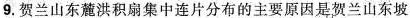
9.贺兰山东麓洪积扇连片分布的主要原因是贺兰山东坡